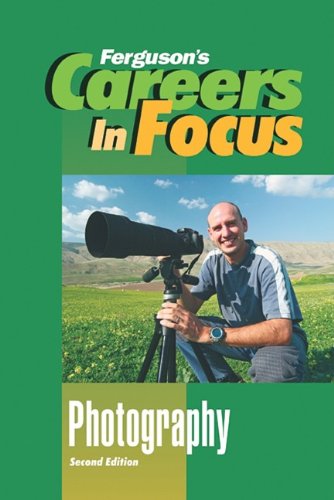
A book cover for Photography (Ferguson's Careers in Focus); Teen & Young Adult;